Dysentery and liver abscess in Bombay - Number 47
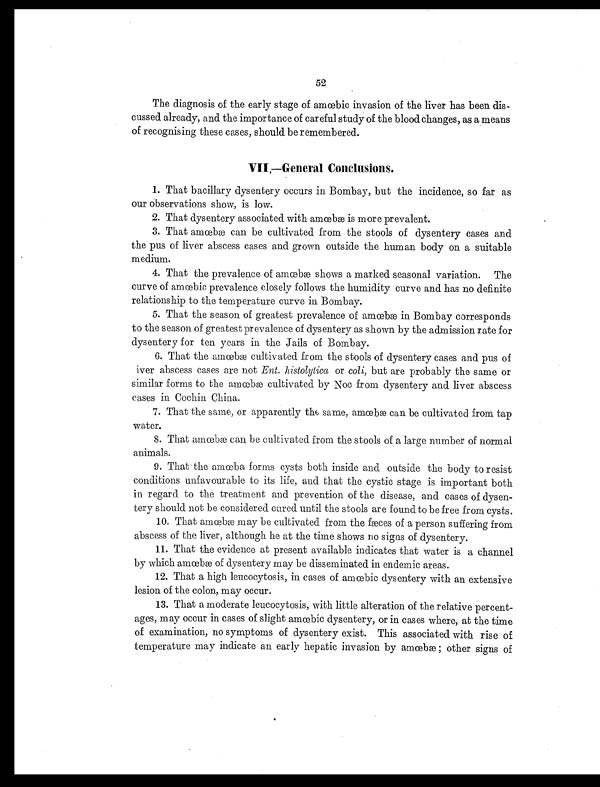
52
The diagnosis of the early stage of amœbic invasion of the liver has been dis-
cussed already, and. the importance of careful study of the blood changes, as a means
of recognising these cases, should be remembered.
VII.— General Conclusions.
1. That bacillary dysentery occurs in Bombay, but the incidence, so far as
our observations show, is low.
2. That dysentery associated with amœbæ is more prevalent.
3. That amœbæ can be cultivated from the stools of dysentery cases and
the pus of liver abscess cases and grown outside the human body on a suitable
medium.
4. That the prevalence of amœbæ shows a marked seasonal variation. The
curve of amœbic prevalence closely follows the humidity curve and has no definite
relationship to the temperature curve in Bombay.
5. That the season of greatest prevalence of amœbæ in Bombay corresponds
to the season of greatest prevalence of dysentery as shown by the admission rate for
dysentery for ten years in the Jails of Bombay.
6. That the amœbæ cultivated from the stools of dysentery cases and pus of
fiver abscess cases are not Ent. histolytica or coli, but are probably the same or
similar forms to the amœbæ cultivated by Noc from dysentery and liver abscess
cases in Cochin China.
7. That the same, or apparently the same, amœbæ can be cultivated from tap
water.
8. That amœbæ can be cultivated from the stools of a large number of normal
animals.
9. That the amœbæ forms cysts both inside and outside the body to resist
conditions unfavourable to its life, and that the cystic stage is important both
in regard to the treatment and prevention of the disease, and cases of dysen-
tery should not be considered cured until the stools are found to be free from cysts.
10. That amœbæ may be cultivated from the fæces of a person suffering from
abscess of the liver, although he at the time shows no signs of dysentery.
11. That the evidence at present available indicates that water is a channel
by which amœbæ of dysentery may be disseminated in endemic areas.
12. That a high leucocytosis, in cases of amœbic dysentery with an extensive
lesion of the colon, may occur.
13. That a moderate leucocytosis, with little alteration of the relative percent-
ages, may occur in cases of slight amœbic dysentery, or in cases where, at the time
of examination, no symptoms of dysentery exist. This associated with rise of
temperature may indicate an early hepatic invasion by amœbæ ; other signs of